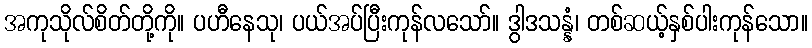
အကုသိုလ်စိတ်တို့ကို။ ပဟီနေသု၊ ပယ်အပ်ပြီးကုန်လသော်။ ဒွါဒသန္နံ၊ တစ်ဆယ့်နှစ်ပါးကုန်သော။